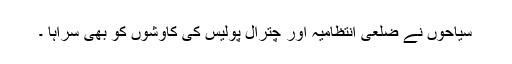
سیاحوں نے ضلعی انتظامیہ اور چترال پولیس کی کاوشوں کو بھی سراہا ۔